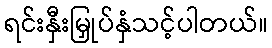
ရင်းနှီးမြှုပ်နှံသင့်ပါတယ်။